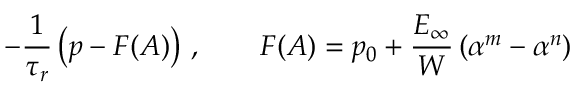
- \frac { 1 } { \tau _ { r } } \left( p - F ( A ) \right) \, , \qquad F ( A ) = p _ { 0 } + \frac { E _ { \infty } } { W } \left( \alpha ^ { m } - \alpha ^ { n } \right)